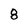
Character: 8